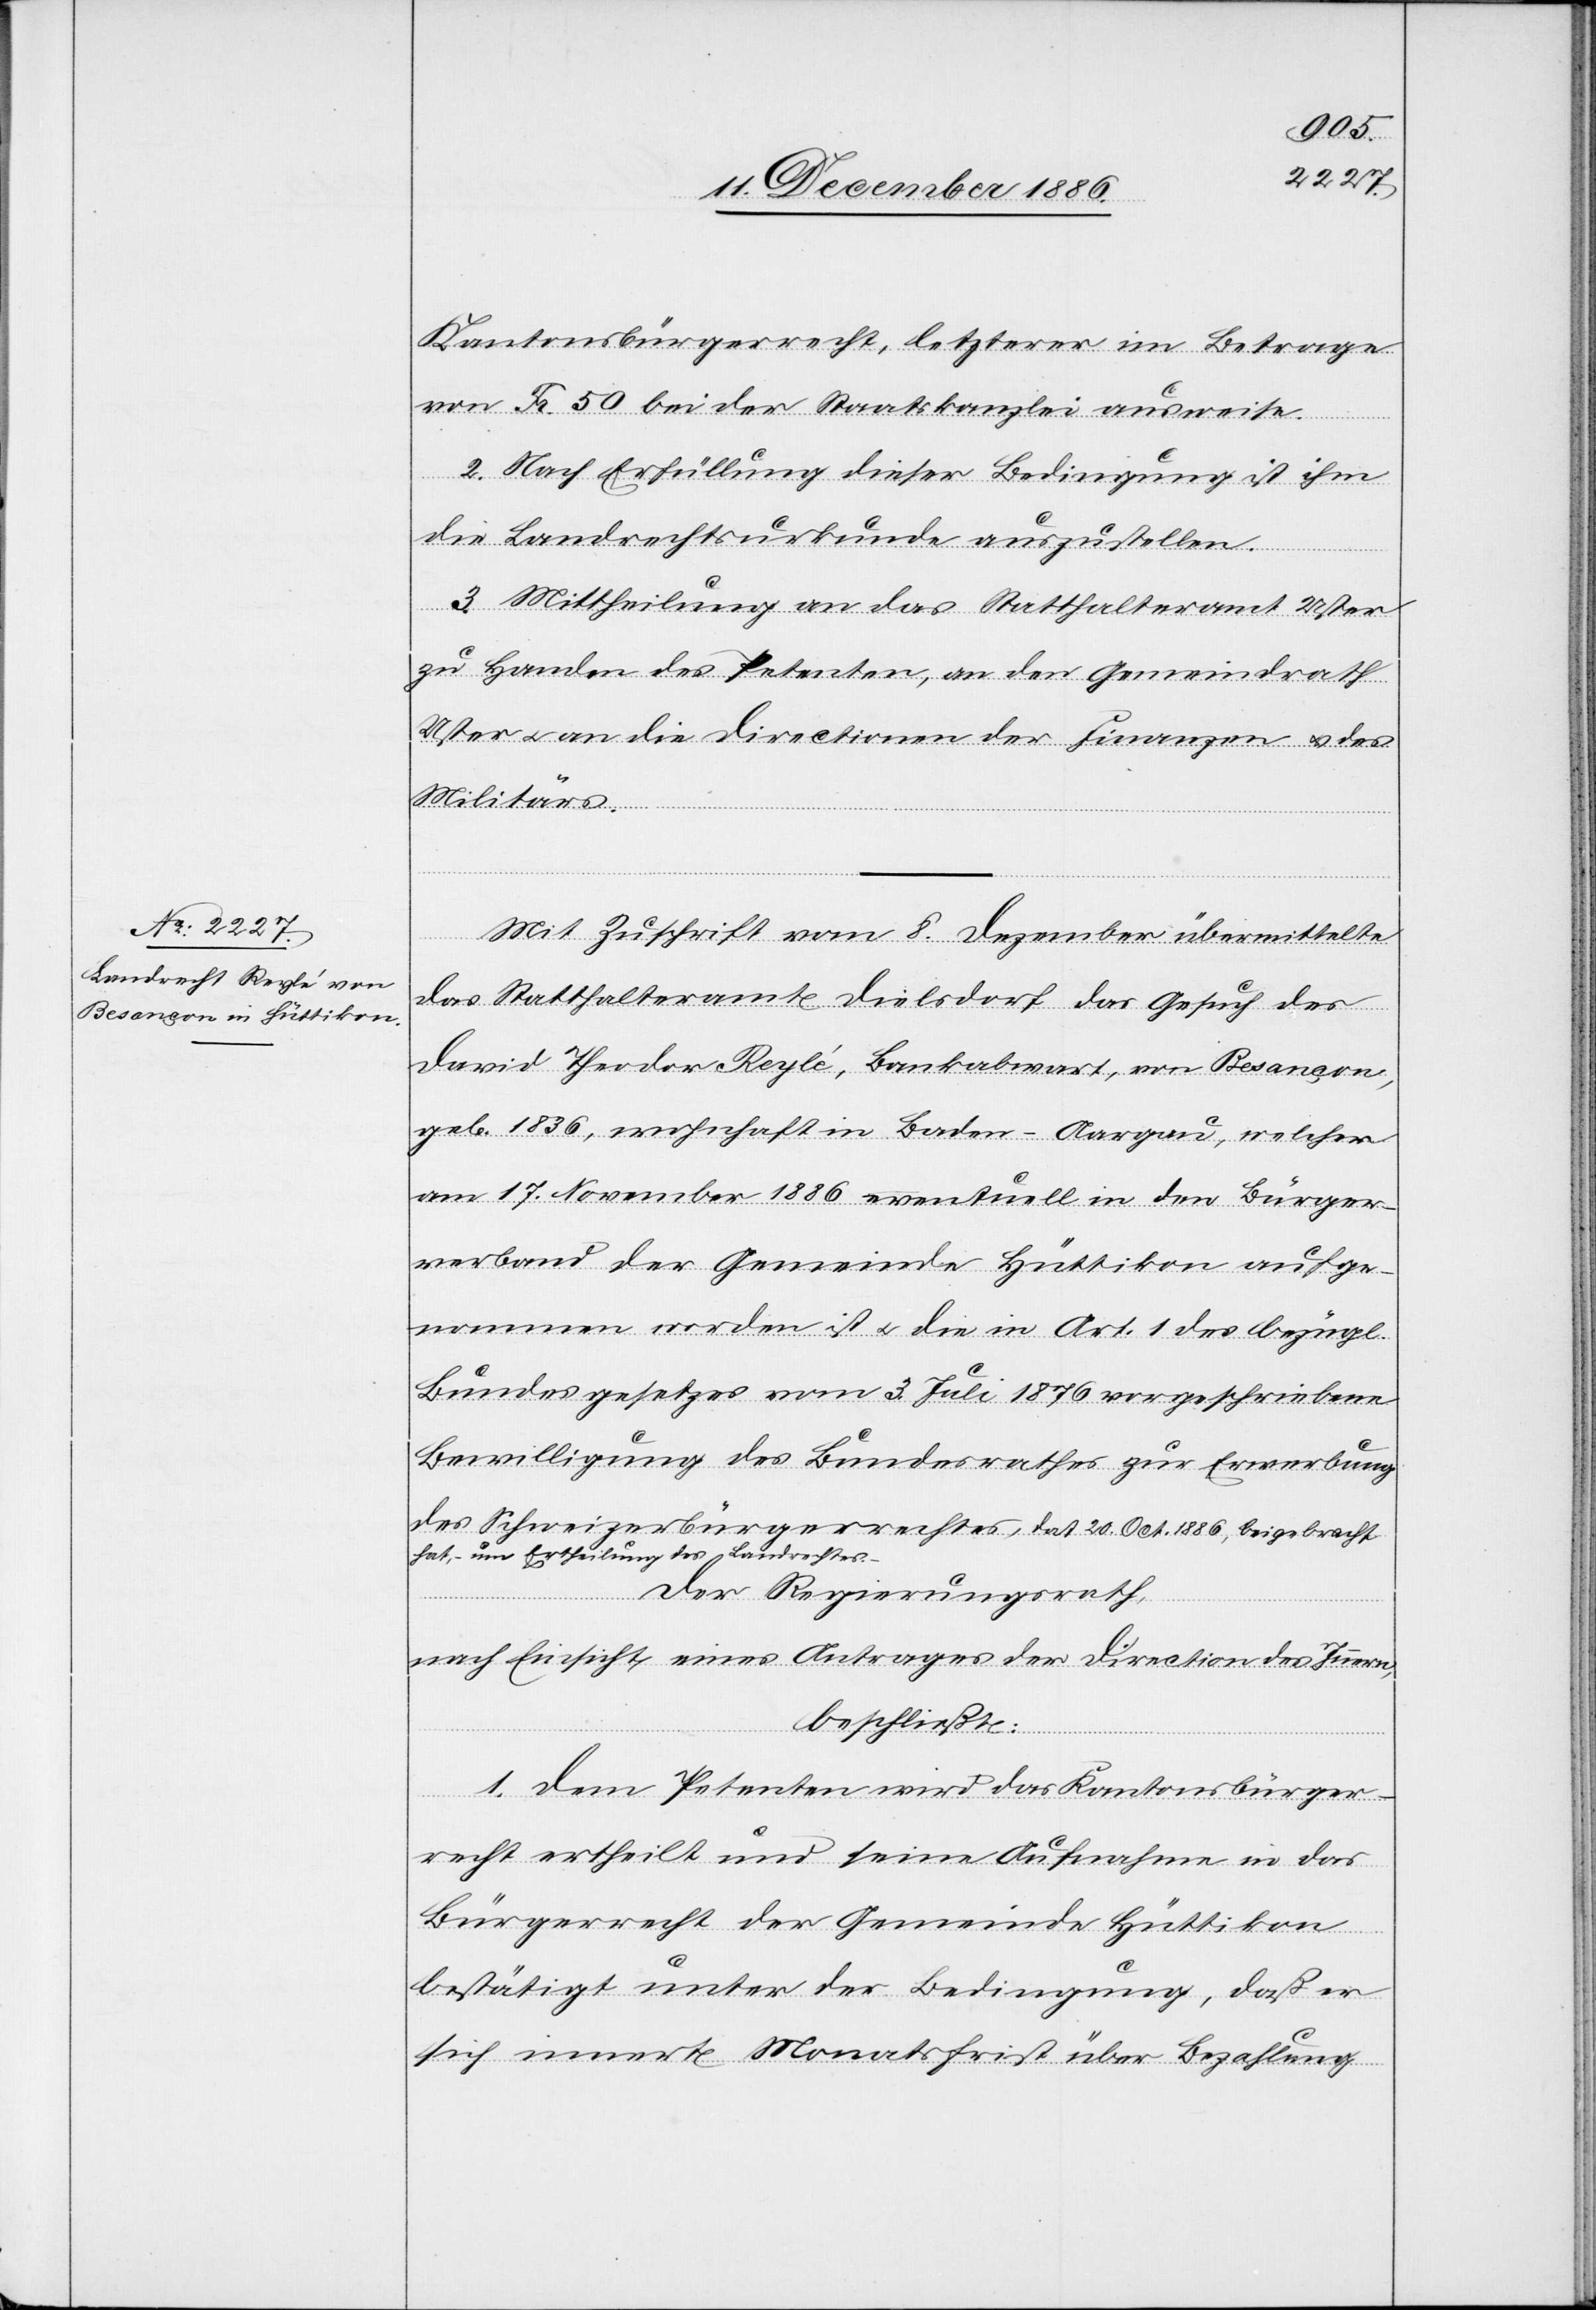
Kantonsbürgerrecht, letzterer im Betrage
von Fr. 50 bei der Staatskanzlei ausweise.
2. Nach Erfüllung dieser Bedingung ist ihm
die Landrechtsurkunde auszustellen.
3. Mittheilung an das Statthalteramt Uster
zu Handen des Petenten, an den Gemeindrath
Uster & an die Directionen der Finanzen & des
Militärs.
Mit Zuschrift vom 8. Dezember übermittelte
das Statthalteramt Dielsdorf das Gesuch des
David Theodor Reylé, Bankabwart, von Besançon,
geb. 1836, wohnhaft in Baden - Aargau, welcher
am 17. November 1886 eventuell in den Bürger¬
verband der Gemeinde Hüttikon aufge¬
nommen worden ist & die in Art. 1 des bezügl.
Bundesgesetzes vom 3. Juli 1876 vorgeschriebene
Bewilligung des Bundesrathes zur Erwerbung
des Schweizerbürgerrechtes, dat. 20. Oct. 1886, beigebracht
hat, – um Ertheilung des Landrechtes.
Der Regierungsrath,
nach Einsicht eines Antrages der Direction des Innern,
beschließt:
1. Dem Petenten wird das Kantonsbürger¬
recht ertheilt und seine Aufnahme in das
Bürgerrecht der Gemeinde Hüttikon
bestätigt unter der Bedingung, daß er
sich innert Monatsfrist über Bezahlung